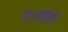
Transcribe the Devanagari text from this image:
एआईबी